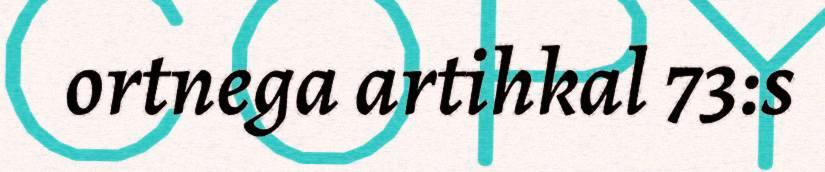
ortnega artihkal 73:s